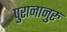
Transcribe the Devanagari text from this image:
पुरानानुरु